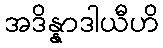
အဒိန္နာဒါယီဟိ